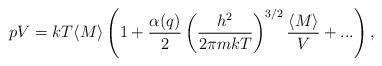
LaTeX: \begin{align*}pV=kT\langle M\rangle\left(1+\frac{\alpha(q)}{2}\left(\frac{h^2}{2\pi mkT}\right)^{3/2}\frac{\langle M\rangle}{V}+...\right),\end{align*}